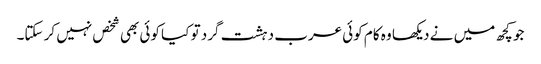
جو کچھ میں نے دیکھا وہ کام کوئی عرب دہشت گرد تو کیا کوئی بھی شخص نہیں کر سکتا۔